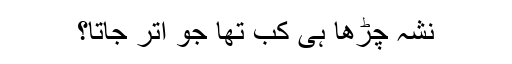
نشہ چڑھا ہی کب تھا جو اتر جاتا؟